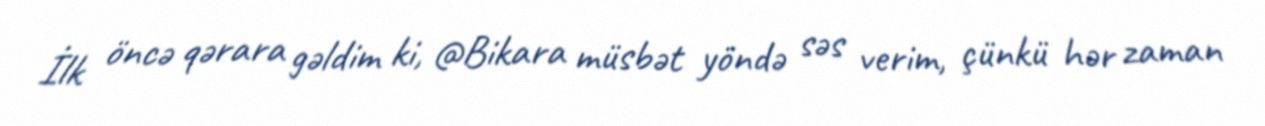
İlk öncə qərara gəldim ki, @Bikara müsbət yöndə səs verim, çünkü hər zaman